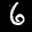
Label: 6